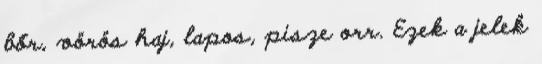
bőr, vörös haj, lapos, pisze orr. Ezek a jelek